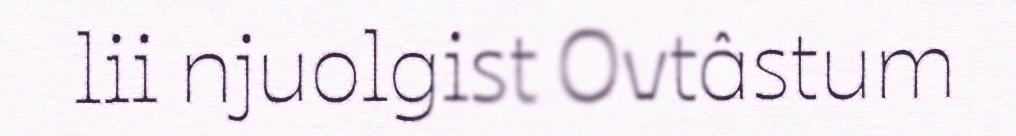
lii njuolgist Ovtâstum